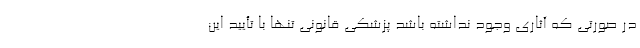
در صورتی که آثاری وجود نداشته باشد پزشکی قانونی تنها با تأیید این